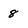
Character: 8